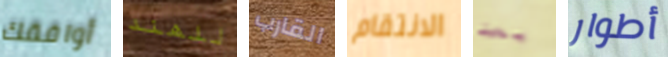
أوافقك للهند القارب الانتقام بعد أطوار